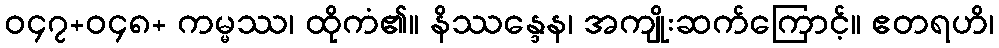
ဝ၄၇+ဝ၄၈+ ကမ္မဿ၊ ထိုကံ၏။ နိဿန္ဒေန၊ အကျိုးဆက်ကြောင့်။ ဧတရဟိ၊